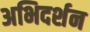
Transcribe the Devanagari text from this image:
अभिदर्शन